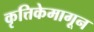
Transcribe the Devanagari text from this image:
कृत्तिकेमागून